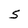
Character: S